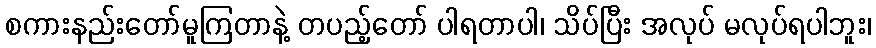
စကားနည်းတော်မူကြတာနဲ့ တပည့်တော် ပါရတာပါ၊ သိပ်ပြီး အလုပ် မလုပ်ရပါဘူး၊